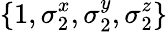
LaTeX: \{ 1,\sigma_{2}^{x},\sigma_{2}^{y},\sigma_{2}^{z}\}